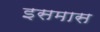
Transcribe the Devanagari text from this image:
इसमास